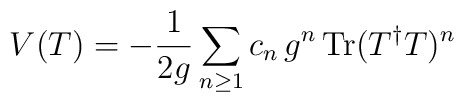
V(T) = -{1\over 2g} \sum_{n\ge1}c_n\,g^n \mathop{\rm Tr}(T^\dagger T)^n